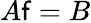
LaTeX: A\mathsf{f}=B